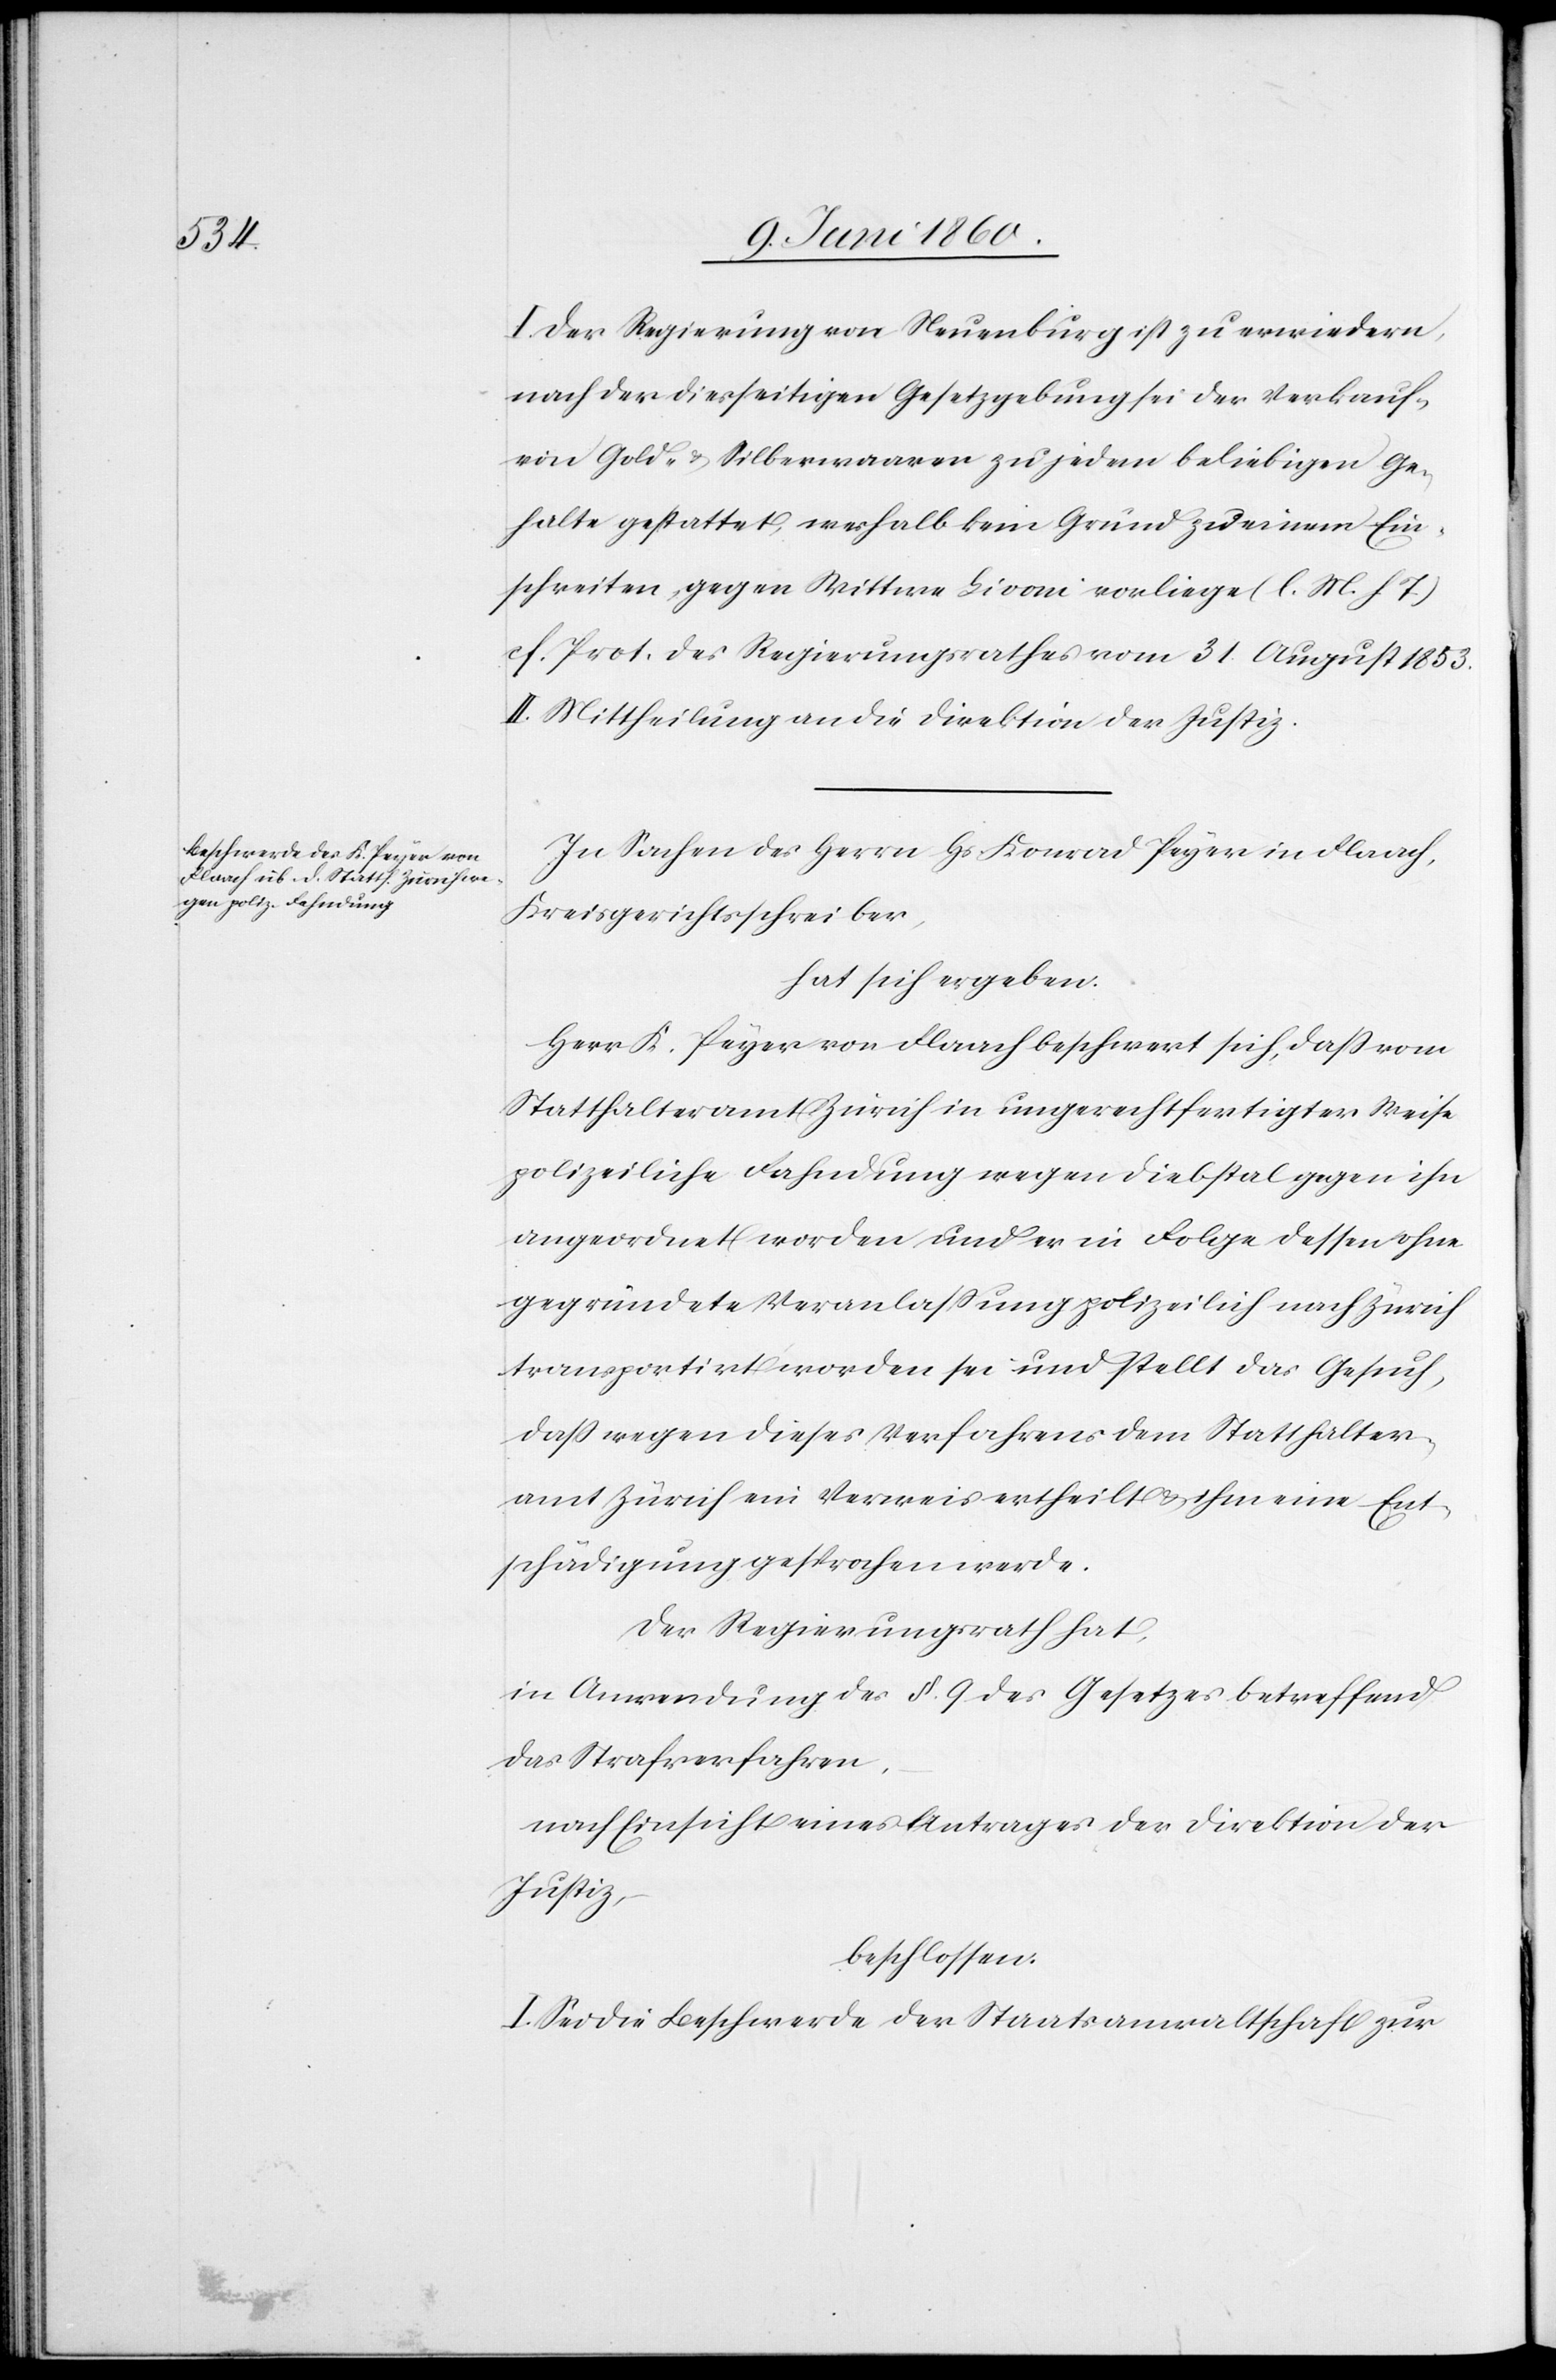
I. Der Regierung von Neuenburg ist zu erwiedern,
nach der diesseitigen Gesetzgebung sei der Verkauf
von Gold- u. Silberwaaren zu jedem beliebigen Ge¬
halte gestattet, weshalb kein Grund zu einem Ein¬
schreiten, gegen Wittwe Livoni vorliege (l. M. h. T)
s. Prot. des Regierungsrathes vom 31. August 1853.
II. Mittheilung an die Direktion der Justiz.
In Sachen des Herrn Hs. Konrad Peyer in Flaach,
Kreisgerichtsschreiber,
hat sich ergeben:
Herr K. Peyer von Flaach beschwert sich, dass vom
Statthalteramt Zürich in ungerechtfertigter Weise
polizeiliche Fahndung wegen Diebstal gegen ihn
angeordnet worden und er in Folge dessen ohne
gegründete Veranlassung polizeilich nach Zürich
transportirt worden sei und stellt das Gesuch,
dass wegen dieses Verfahrens dem Statthalter¬
amt Zürich ein Verweis ertheilt u. ihm eine Ent¬
schädigung gesprochen werde.
Der Regierungsrath hat,
in Anwendung des §. 9. des Gesetzes betreffend
das Strafverfahren,
nach Einsicht eines Antrages der Direktion der
Justiz,
beschlossen:
I. Sei die Beschwerde der Staatsanwaltschaft zur